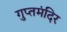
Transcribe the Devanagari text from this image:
गुप्तमंदिर